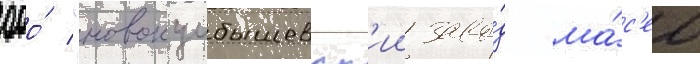
ооо́ "новокуибышевск'ии заво́д ма́с'ел